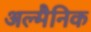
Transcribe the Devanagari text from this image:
अल्मैनिक